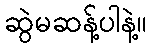
ဆွဲမဆန့်ပါနဲ့။